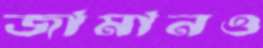
জামানও